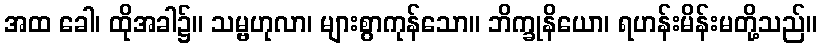
အထ ခေါ၊ ထိုအခါ၌။ သမ္ဗဟုလာ၊ များစွာကုန်သော။ ဘိက္ခုနိယော၊ ရဟန်းမိန်းမတို့သည်။